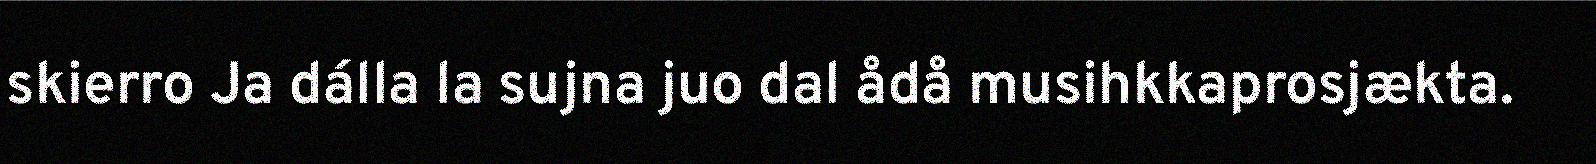
skierro Ja dálla la sujna juo dal ådå musihkkaprosjækta.